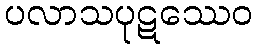
ပလာသပုဋဿေဝ